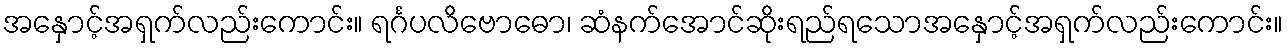
အနှောင့်အရှက်လည်းကောင်း။ ရင်္ဂပလိဗောဓော၊ ဆံနက်အောင်ဆိုးရည်ရသောအနှောင့်အရှက်လည်းကောင်း။